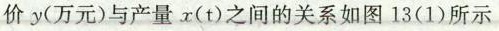
价y(万元)与产量x(t)之间的关系如图13(1)所示